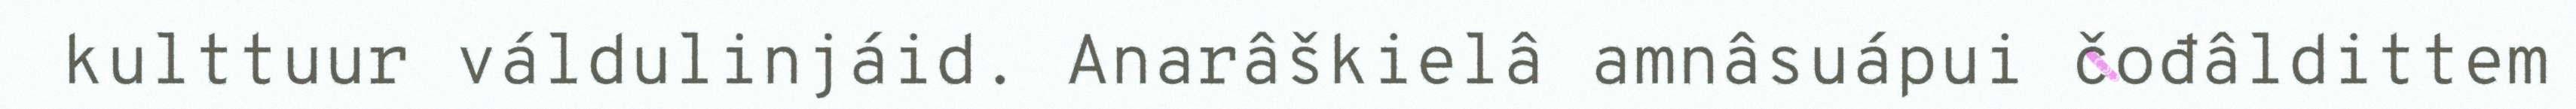
kulttuur váldulinjáid. Anarâškielâ amnâsuápui čođâldittem